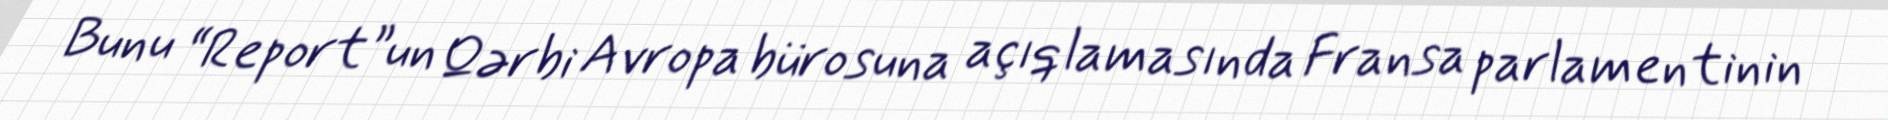
Bunu “Report”un Qərbi Avropa bürosuna açıqlamasında Fransa parlamentinin